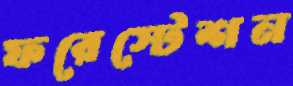
ফরেস্টেশন